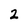
Character: 2